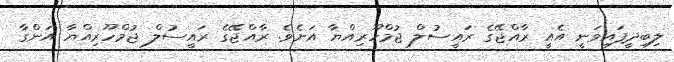
ލިބިދީފައިވަނީ އެއީ ރާއްޖޭގެ ރައީސުލް ޖުމްހޫރިއްޔާ އަށެވެ. ރާއްޖޭގެ ރައީސުލް ޖުމްހޫރިއްޔާ އަންގާ